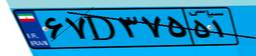
۶۷D۳۷۵۵۱